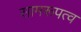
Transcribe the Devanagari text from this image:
सामरूपत्व